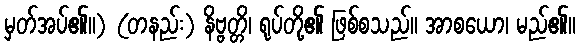
မှတ်အပ်၏။) (တနည်း) နိဗ္ဗတ္တိ၊ ရုပ်တို့၏ ဖြစ်စသည်။ အာစယော၊ မည်၏။